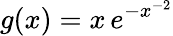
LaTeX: g(x)=x\, e^{-x^{-2}}